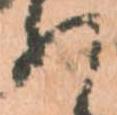
の